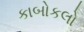
કાબોકલો